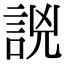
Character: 𧧗